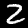
Digit: 2